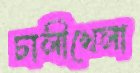
ঢালীখেলা